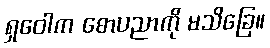
ရှဝေါက စောပညာကို မသိခြေ။